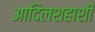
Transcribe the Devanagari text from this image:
आदिलशहाशी